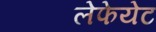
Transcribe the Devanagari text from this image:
लेफेयेट